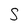
Character: S